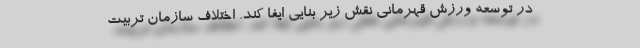
در توسعه ورزش قهرمانی نقش زیر بنایی ایفا کند. اختلاف سازمان تربیت